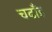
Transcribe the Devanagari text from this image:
चढाँइ